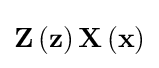
\mathbf {Z} \left(\mathbf {z} \right)\mathbf {X} \left(\mathbf {x} \right)